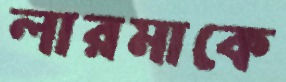
লারমাকে